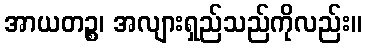
အာယတဉ္စ၊ အလျားရှည်သည်ကိုလည်း။